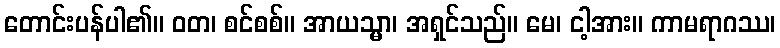
တောင်းပန်ပါ၏။ ဝတ၊ စင်စစ်။ အာယသ္မာ၊ အရှင်သည်။ မေ၊ ငါ့အား။ ကာမရာဂဿ၊